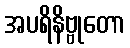
အပရိနိဗ္ဗုတော